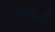
જલતી